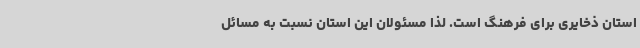
استان ذخایری برای فرهنگ است. لذا مسئولان این استان نسبت به مسائل